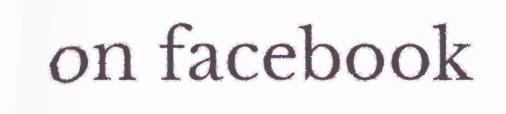
on facebook